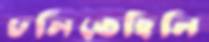
ঢলিতেছিলি